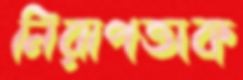
নিরাপত্তাক